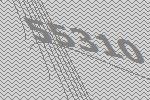
55310